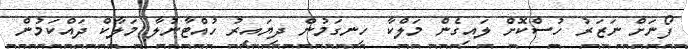
ފޯނަށް ނަޒަރު ހުސްކޮށް ލައިގެން މަލްކާ ހިނގަމުން ދިޔައިރު ހުއްޓާނުލާ މަލާކް ދައްކަމުން